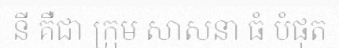
នី គឺជា ក្រុម សាសនា ធំ បំផុត